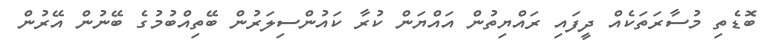
ބޮޑެތި މުސާރަތަކެއް ދީފައި ރައްޔިތުން އައްޔަން ކުރާ ކައުންސިލަރުން ބޭތިއްބުމުގެ ބޭނުން އޭރުން